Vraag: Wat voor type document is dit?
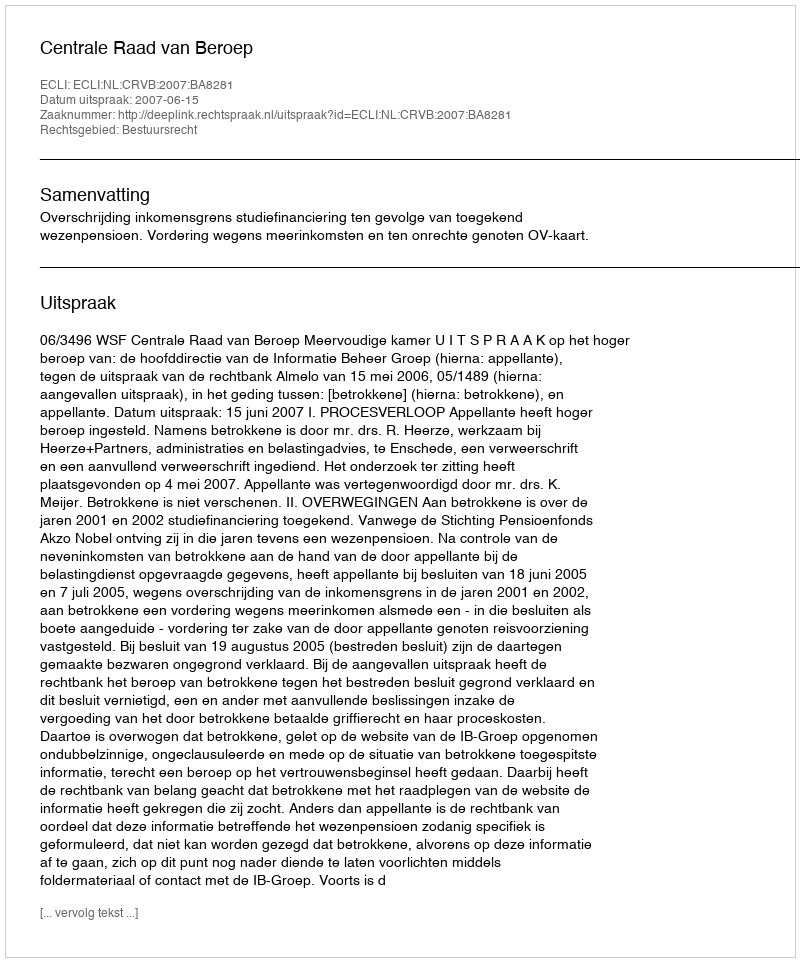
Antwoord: Uitspraak